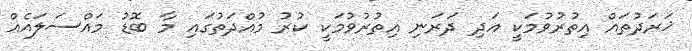
ޚަރަދުތައް އިތުރުވުމަކީ އަދި ދަރަނި އިތުރުވުމަކީ ކުރު މުއްދަތުގައި މާ ބޮޑު މައްސަލައެއް